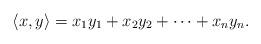
LaTeX: \begin{align*}\langle x,y\rangle = x_1 y_1 + x_2y_2 + \cdots + x_n y_n.\end{align*}